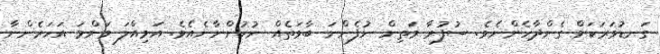
ގަނޑުވަރަކަށް ގެންދާހެންނެވެ. ސުފުރާ މަތިން ނުފެންނަ ބާވަތެއް ނުހުންނާނެއެވެ. އަމިއްލަ މަންމަ އަހަރެންނާ